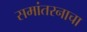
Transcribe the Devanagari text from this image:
समांतरनाचा